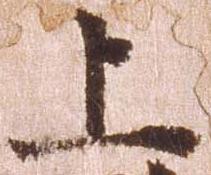
上